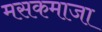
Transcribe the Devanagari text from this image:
मसकमाजा